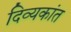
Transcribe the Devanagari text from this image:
दिव्यकांत